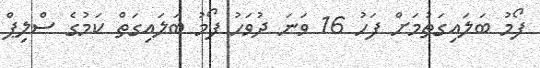
ފޯމު ބަލައިގަތުމަށް ފަހު 16 ވަނަ ދުވަހު ފޯމު ބަލައިގަތް ކަމުގެ ސްލިޕް